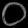
Digit: ၀